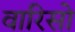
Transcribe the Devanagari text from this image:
वारिसो